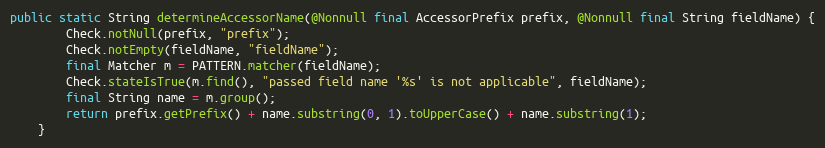
Language: Java
public static String determineAccessorName(@Nonnull final AccessorPrefix prefix, @Nonnull final String fieldName) {
		Check.notNull(prefix, "prefix");
		Check.notEmpty(fieldName, "fieldName");
		final Matcher m = PATTERN.matcher(fieldName);
		Check.stateIsTrue(m.find(), "passed field name '%s' is not applicable", fieldName);
		final String name = m.group();
		return prefix.getPrefix() + name.substring(0, 1).toUpperCase() + name.substring(1);
	}